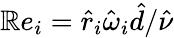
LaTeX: \mathbb{R}e_{i}=\hat{{r}}_{i}\hat{{\omega}}_{i}\hat{{d}}/\hat{{\nu}}